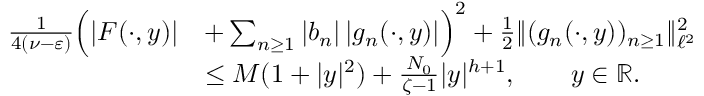
\begin{array} { r l } { \frac { 1 } { 4 ( \nu - \varepsilon ) } \Big ( | F ( \cdot , y ) | } & { + \sum _ { n \geq 1 } | b _ { n } | \, | g _ { n } ( \cdot , y ) | \Big ) ^ { 2 } + \frac 1 2 \| ( g _ { n } ( \cdot , y ) ) _ { n \geq 1 } \| _ { \ell ^ { 2 } } ^ { 2 } } \\ & { \leq M ( 1 + | y | ^ { 2 } ) + \frac { N _ { 0 } } { \zeta - 1 } | y | ^ { h + 1 } , \qquad y \in { \mathbb R } . } \end{array}